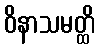
ဝိနာသမတ္ထိ